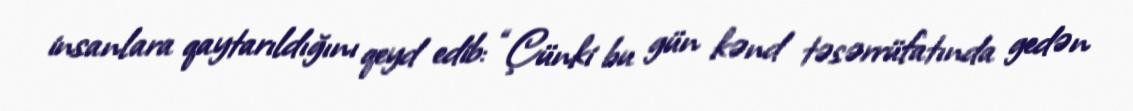
insanlara qaytarıldığını qeyd edib: “Çünki bu gün kənd təsərrüfatında gedən